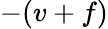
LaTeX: -(v+f)